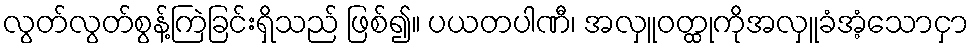
လွတ်လွတ်စွန့်ကြဲခြင်းရှိသည် ဖြစ်၍။ ပယတပါဏီ၊ အလှူဝတ္ထုကိုအလှူခံအံ့သောငှာ